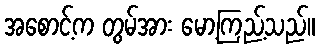
အစောင့်က တွမ်အား မော့ကြည့်သည်။